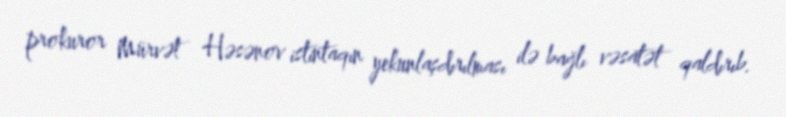
prokuror Mürvət Həsənov istintaqın yekunlaşdırılması ilə bağlı vəsatət qaldırıb.